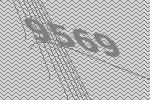
9569